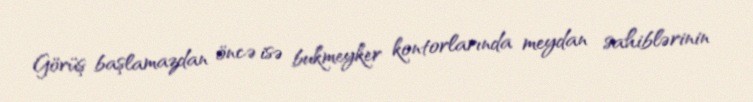
Görüş başlamazdan öncə isə bukmeyker kontorlarında meydan sahiblərinin